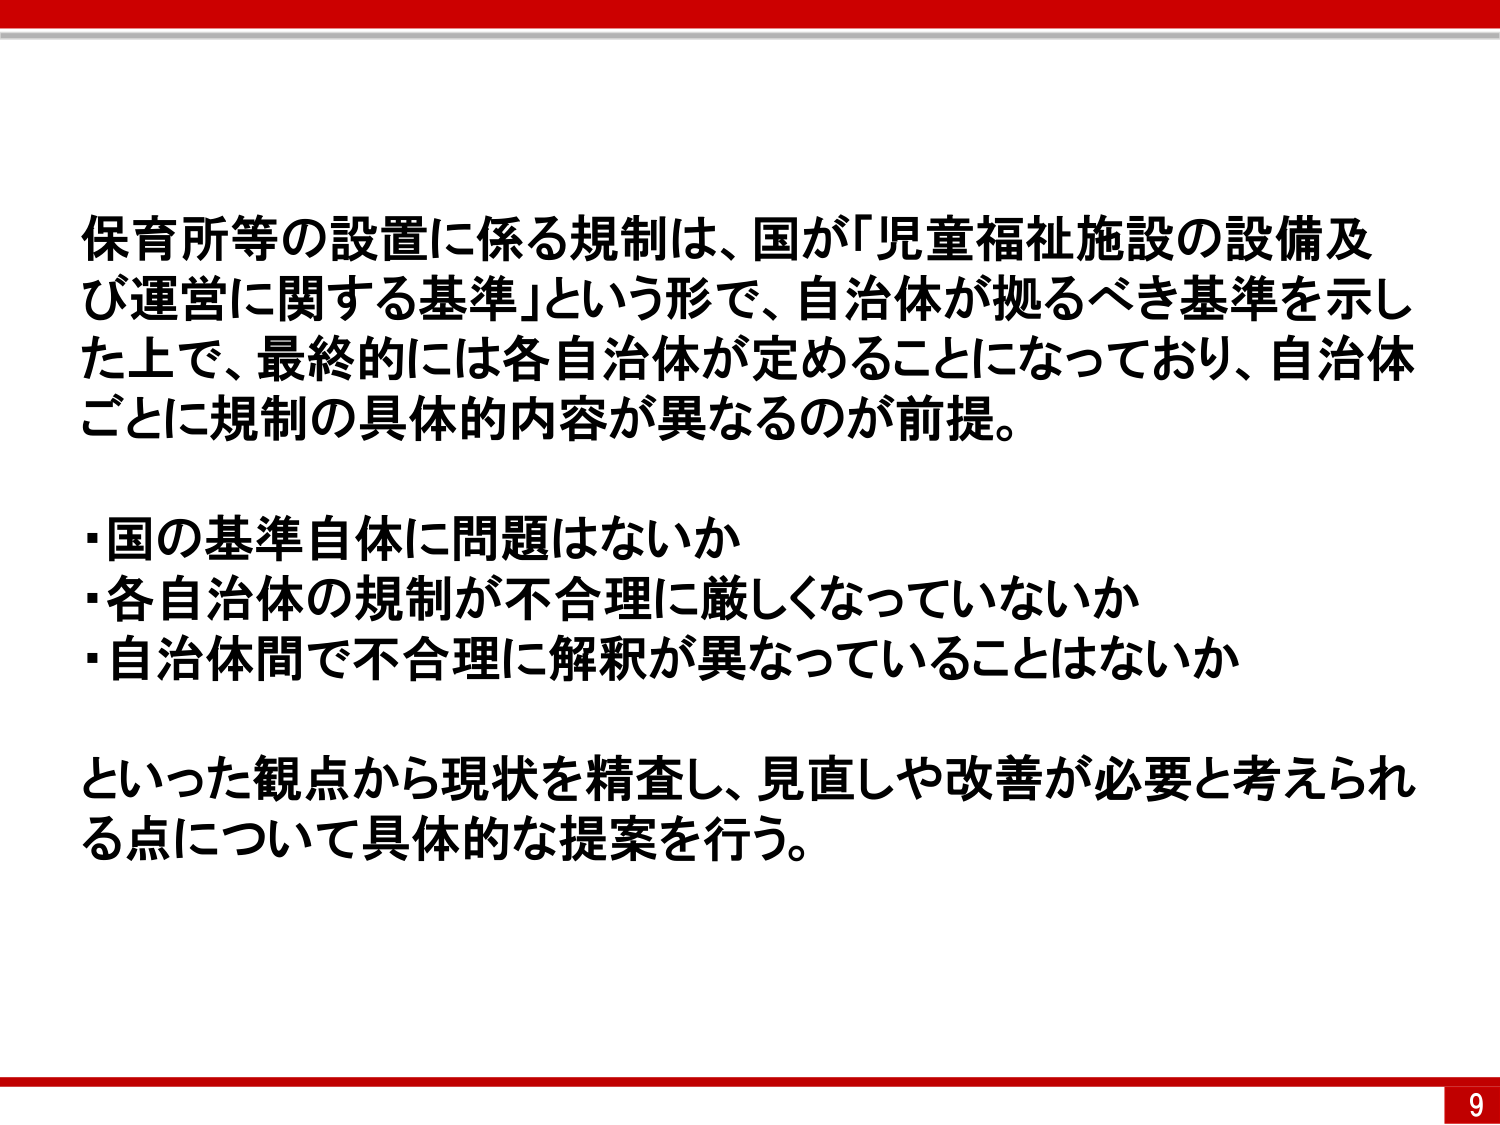
保育所等の設置に係る規制は、国が「児童福祉施設の設備及び運営に関する基準」という形で、自治体が拠るべき基準を示した上で、最終的には各自治体が定めることになっており、自治体ごとに規制の具体的内容が異なるのが前提。

・国の基準自体に問題はないか
・各自治体の規制が不合理に厳しくなっていないか
・自治体間で不合理に解釈が異なっていることはないか

といった観点から現状を精査し、見直しや改善が必要と考えられる点について具体的な提案を行う。

9